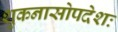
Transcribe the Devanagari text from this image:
शुकनासोपदेशः